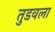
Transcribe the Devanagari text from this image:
तुडवला